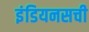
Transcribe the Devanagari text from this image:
इंडियनसची